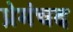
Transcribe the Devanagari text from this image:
प्रेमंचद